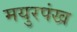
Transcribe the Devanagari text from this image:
मयुरपंख